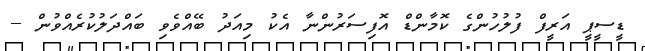
ޑީސީޕީ އަރީފް ފުލުހުންގެ ކޮމާންޑް އޮފިސަރުންނާ އެކު މިއަދު ބޭއްވެވި ބައްދަލުކުރެއްވުން --